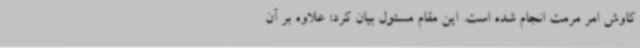
کاوش امر مرمت انجام شده است. این مقام مسئول بیان کرد: علاوه بر آن